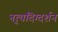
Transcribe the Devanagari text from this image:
नृ्त्यदिग्दर्शन